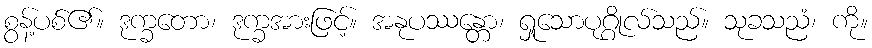
စွန့်ပစ်၏။ ဒုက္ခတော၊ ဒုက္ခအားဖြင့်။ အနုပဿန္တော၊ ရှုသောပုဂ္ဂိုလ်သည်။ သုခသညံ၊ ကို။